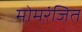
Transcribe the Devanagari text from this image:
मोमरंजित